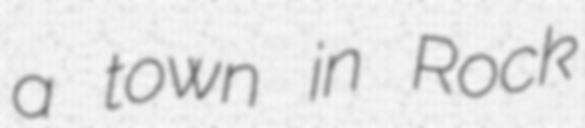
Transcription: a town in Rock